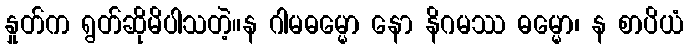
နှုတ်က ရွတ်ဆိုမိပါသတဲ့။န ဂါမဓမ္မော နော နိဂမဿ ဓမ္မော၊ န စာပိယံ